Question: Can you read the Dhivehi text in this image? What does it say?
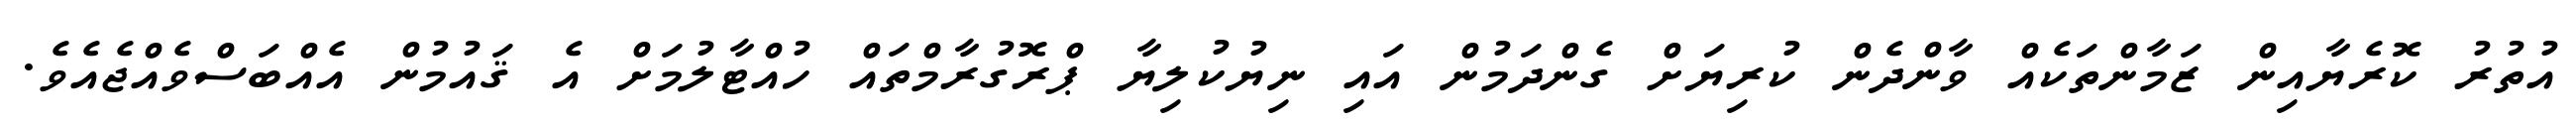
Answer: އުތުރު ކޮރެޔާއިން ޒަމާންތަކެއް ވާންދެން ކުރިޔަށް ގެންދަމުން އައި ނިޔުކުލިޔާ ޕްރޮގުރާމްތައް ހުއްޓާލުމަށް އެ ޤައުމުން އެއްބަސްވެއްޖެއެވެ.